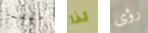
خلقنا لذا رؤى